Lunatic asylums Bombay report 1878-1890 - 1878-1890
Year: 1878
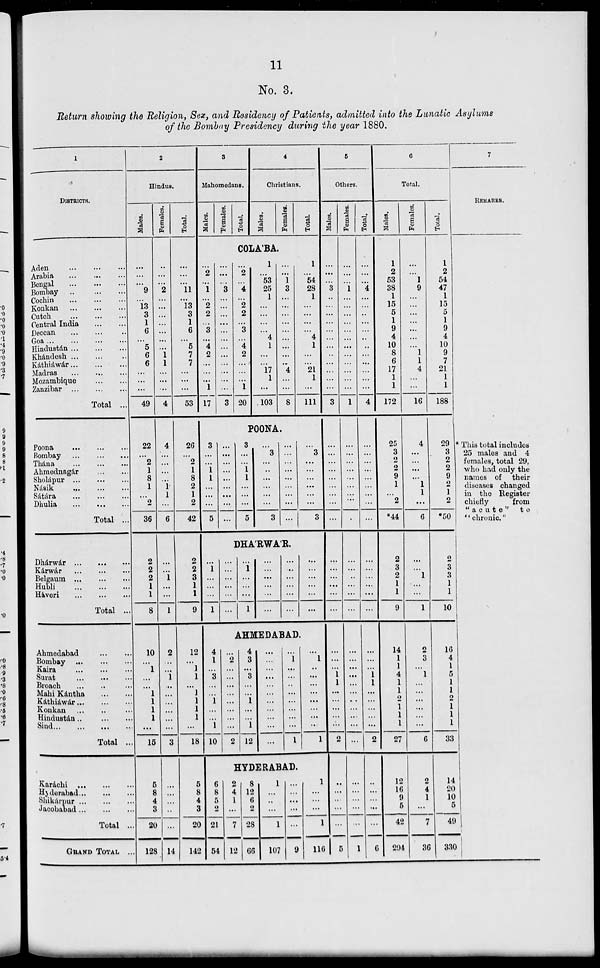
11
No. 3.
Return showing the Religion, Sex, and Residency of Patients, admitted into the Lunatic Asylums
of the Bombay Presidency during the year 1880.
1
DISTRICTS.
Aden
...
...
...
Arabia
...
...
...
Bengal ... ......
Bombay ..
...
...
Cochin
...
...
...
Konkan ... ... ...
Cutch
...
...
...
Central India
...
...
Deccan ... ... ...
Goa
...
...
...
...
Hindustán
...
...
...
Khándesh ... ... ...
Káthiáwár
...
...
...
Madras
...
...
...
Mozambique
...
...
Zanzibar
...
...
...
Total ...
Poona
...
...
...
Bombay
...
...
...
Thána
...
...
...
Ahmednagár
...
...
Sholápur
...
...
...
Násik
...
...
...
Sátára
...
...
...
Dhulia
...
...
...
Total ...
Dhárwár
...
...
...
Kárwár
...
...
...
Belgaum
...
...
...
Hubli
...
...
...
Haveri
...
...
...
Total ...
Ahmedabad
...
...
Bombay
...
...
...
Kaira
...
...
...
Surat
...
...
...
Broach ... ... ...
Mahi Kántha ... ... ...
Káthiáwár
...
...
...
Konkan ... ... ...
Hindustán
...
...
...
Sind
...
...
...
...
Total ...
Karáchi
...
...
...
Hyderabad
...
...
...
Shikárpur
...
...
...
Jacobabad
...
...
...
Total ...
GRAND TOTAL ...
2
Hindus.
Males.
...
...
...
9
...
13
3
1
6
...
5
6
6
...
...
...
49
22
...
2
1
8
1
...
2
36
2
2
2
1
1
8
10
...
1
...
...
1
1
1
1
...
15
5
8
4
3
20
128
Females.
...
...
...
2
...
...
...
...
...
...
...
1
1
...
...
...
4
4
...
...
...
...
1
1
...
6
...
...
1
...
...
1
2
...
...
1
...
...
...
...
...
...
3
...
...
...
...
...
14
Total.
...
...
...
11
...
13
3
1
6
...
5
7
7
...
...
...
53
26
...
2
1
8
2
1
2
42
2
2
3
1
1
9
12
...
1
1
...
1
1
1
1
...
18
5
8
4
3
20
142
3
Mahomedans.
Males.
Females.
Total.
4
Christians.
Males.
Females.
Total.
COLA'BA.
...
2
...
1
...
2
2
...
3
...
4
2
...
...
...
1
17
...
...
...
3
...
...
...
...
...
...
...
...
...
...
...
...
3
...
2
...
4
...
2
2
...
3
...
4
2
...
...
...
1
20
1
...
53
25
1
...
...
...
...
4
1
...
...
17
1
...
103
...
...
1
3
...
...
...
...
...
...
...
...
...
4
...
...
8
1
...
54
28
1
...
...
...
...
4
1
...
...
21
1
...
111
POONA.
3
...
...
1
1
...
...
...
5
...
...
...
...
...
...
...
...
...
3
...
...
1
1
...
...
...
5
...
3
...
...
...
...
...
...
3
... ...
...
...
...
...
...
...
...
...
3
...
...
...
...
...
...
3
DHA'RWA'R.
...
1
...
...
...
1
...
...
...
...
...
...
...
1
...
...
...
1
...
...
...
...
...
...
...
...
...
...
...
...
...
...
...
...
...
...
AHMEDABAD.
4
1
...
3
...
...
1
...
...
1
10
...
2
...
...
...
...
...
...
...
...
2
4
3
...
3
...
...
1
...
...
1
12
...
...
...
...
...
...
...
...
...
...
...
...
1
...
...
...
...
...
...
...
...
1
...
1
...
...
...
...
...
...
...
...
1
HYDERABAD.
6
8
5
2
21
54
2
4
1
...
7
12
8
12
6
2
28
66
1
...
...
...
1
107
...
...
...
...
...
9
1
...
...
...
1
116
5
Others.
Males.
...
...
...
3
...
...
...
...
...
...
...
...
...
...
...
...
3
...
...
...
...
...
...
...
...
...
...
...
...
...
...
...
...
...
...
1
1
...
...
...
...
...
2
...
...
...
...
...
5
Females.
...
...
...
1
...
...
...
...
...
...
...
...
...
...
...
...
1
...
...
...
...
...
...
...
...
...
...
...
...
...
...
...
...
...
...
...
...
...
...
...
...
...
...
...
...
...
...
...
1
Total.
...
...
...
4
...
...
...
...
...
..
..
...
...
...
...
...
4
...
...
...
...
...
...
...
...
...
...
...
...
...
...
...
...
...
...
1
1
...
...
...
...
...
2
...
...
...
...
...
6
6
Total.
Males.
1
2
53
38
1
15
5
1
9
4
10
8
6
17
1
1
172
25
3
2
2
9
1
...
2
*44
2
3
2
1
1
9
14
1
1
4
1
1
2
1
1
1
27
12
16
9
5
42
294
Females.
...
...
1
9
...
...
...
...
...
...
...
1
1
4
...
...
16
4
...
...
...
...
1
1
...
6
...
...
1
...
...
1
2
3
...
1
...
...
...
...
...
...
6
2
4
1
...
7
36
Total.
1
2
54
47
1
15
5
1
9
4
10
9
7
21
1
1
188
29
3
2
2
9
2
1
2
*50
2
3
3
1
1
10
16
4
1
5
1
1
2
1
1
1
33
14
20
10
5
49
330
7
REMARKS.
* This total includes
25 males and 4
females, total 29,
who had only the
names of their
diseases changed
in the Register
chiefly
from
"acute"
to
''chronic."